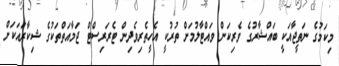
މިކަމުގެ ނަތީޖާއަކީ ބައްޝާރުގެ ވެރިކަން ވައްޓާލުމަށް ތުރުކީ އެހީތެރިވެދިން ޓެރަރިސްޓް ޖަމާއަތްތަކުގެ ޝިކާރައަކަށް